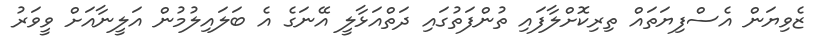
ޒެވިޔަން އެސްފިޔަތައް ތިރިކޮށްލާފައި ތުންފަތުގައި ދަތްއަޅާލީ އޭނަގެ އެ ބަލައިލުމުން އަލީނާއަށް ވީވަރު